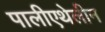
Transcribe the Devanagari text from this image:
पालीएथेलीन